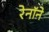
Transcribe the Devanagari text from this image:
रेनॉने